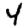
Digit: 4